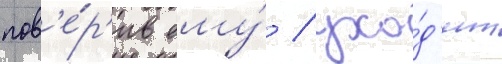
пов'е́р'ив ему́ / ухо́д'ит